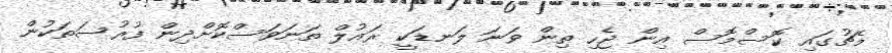
މެޗުގައި ކޮސްމޮސް އިން ޖެހި ތިން ވަނަ ލަނޑަކީ ރައުލް ތަނަވަސްކޮށްދިން ފުރުސަތަކުން